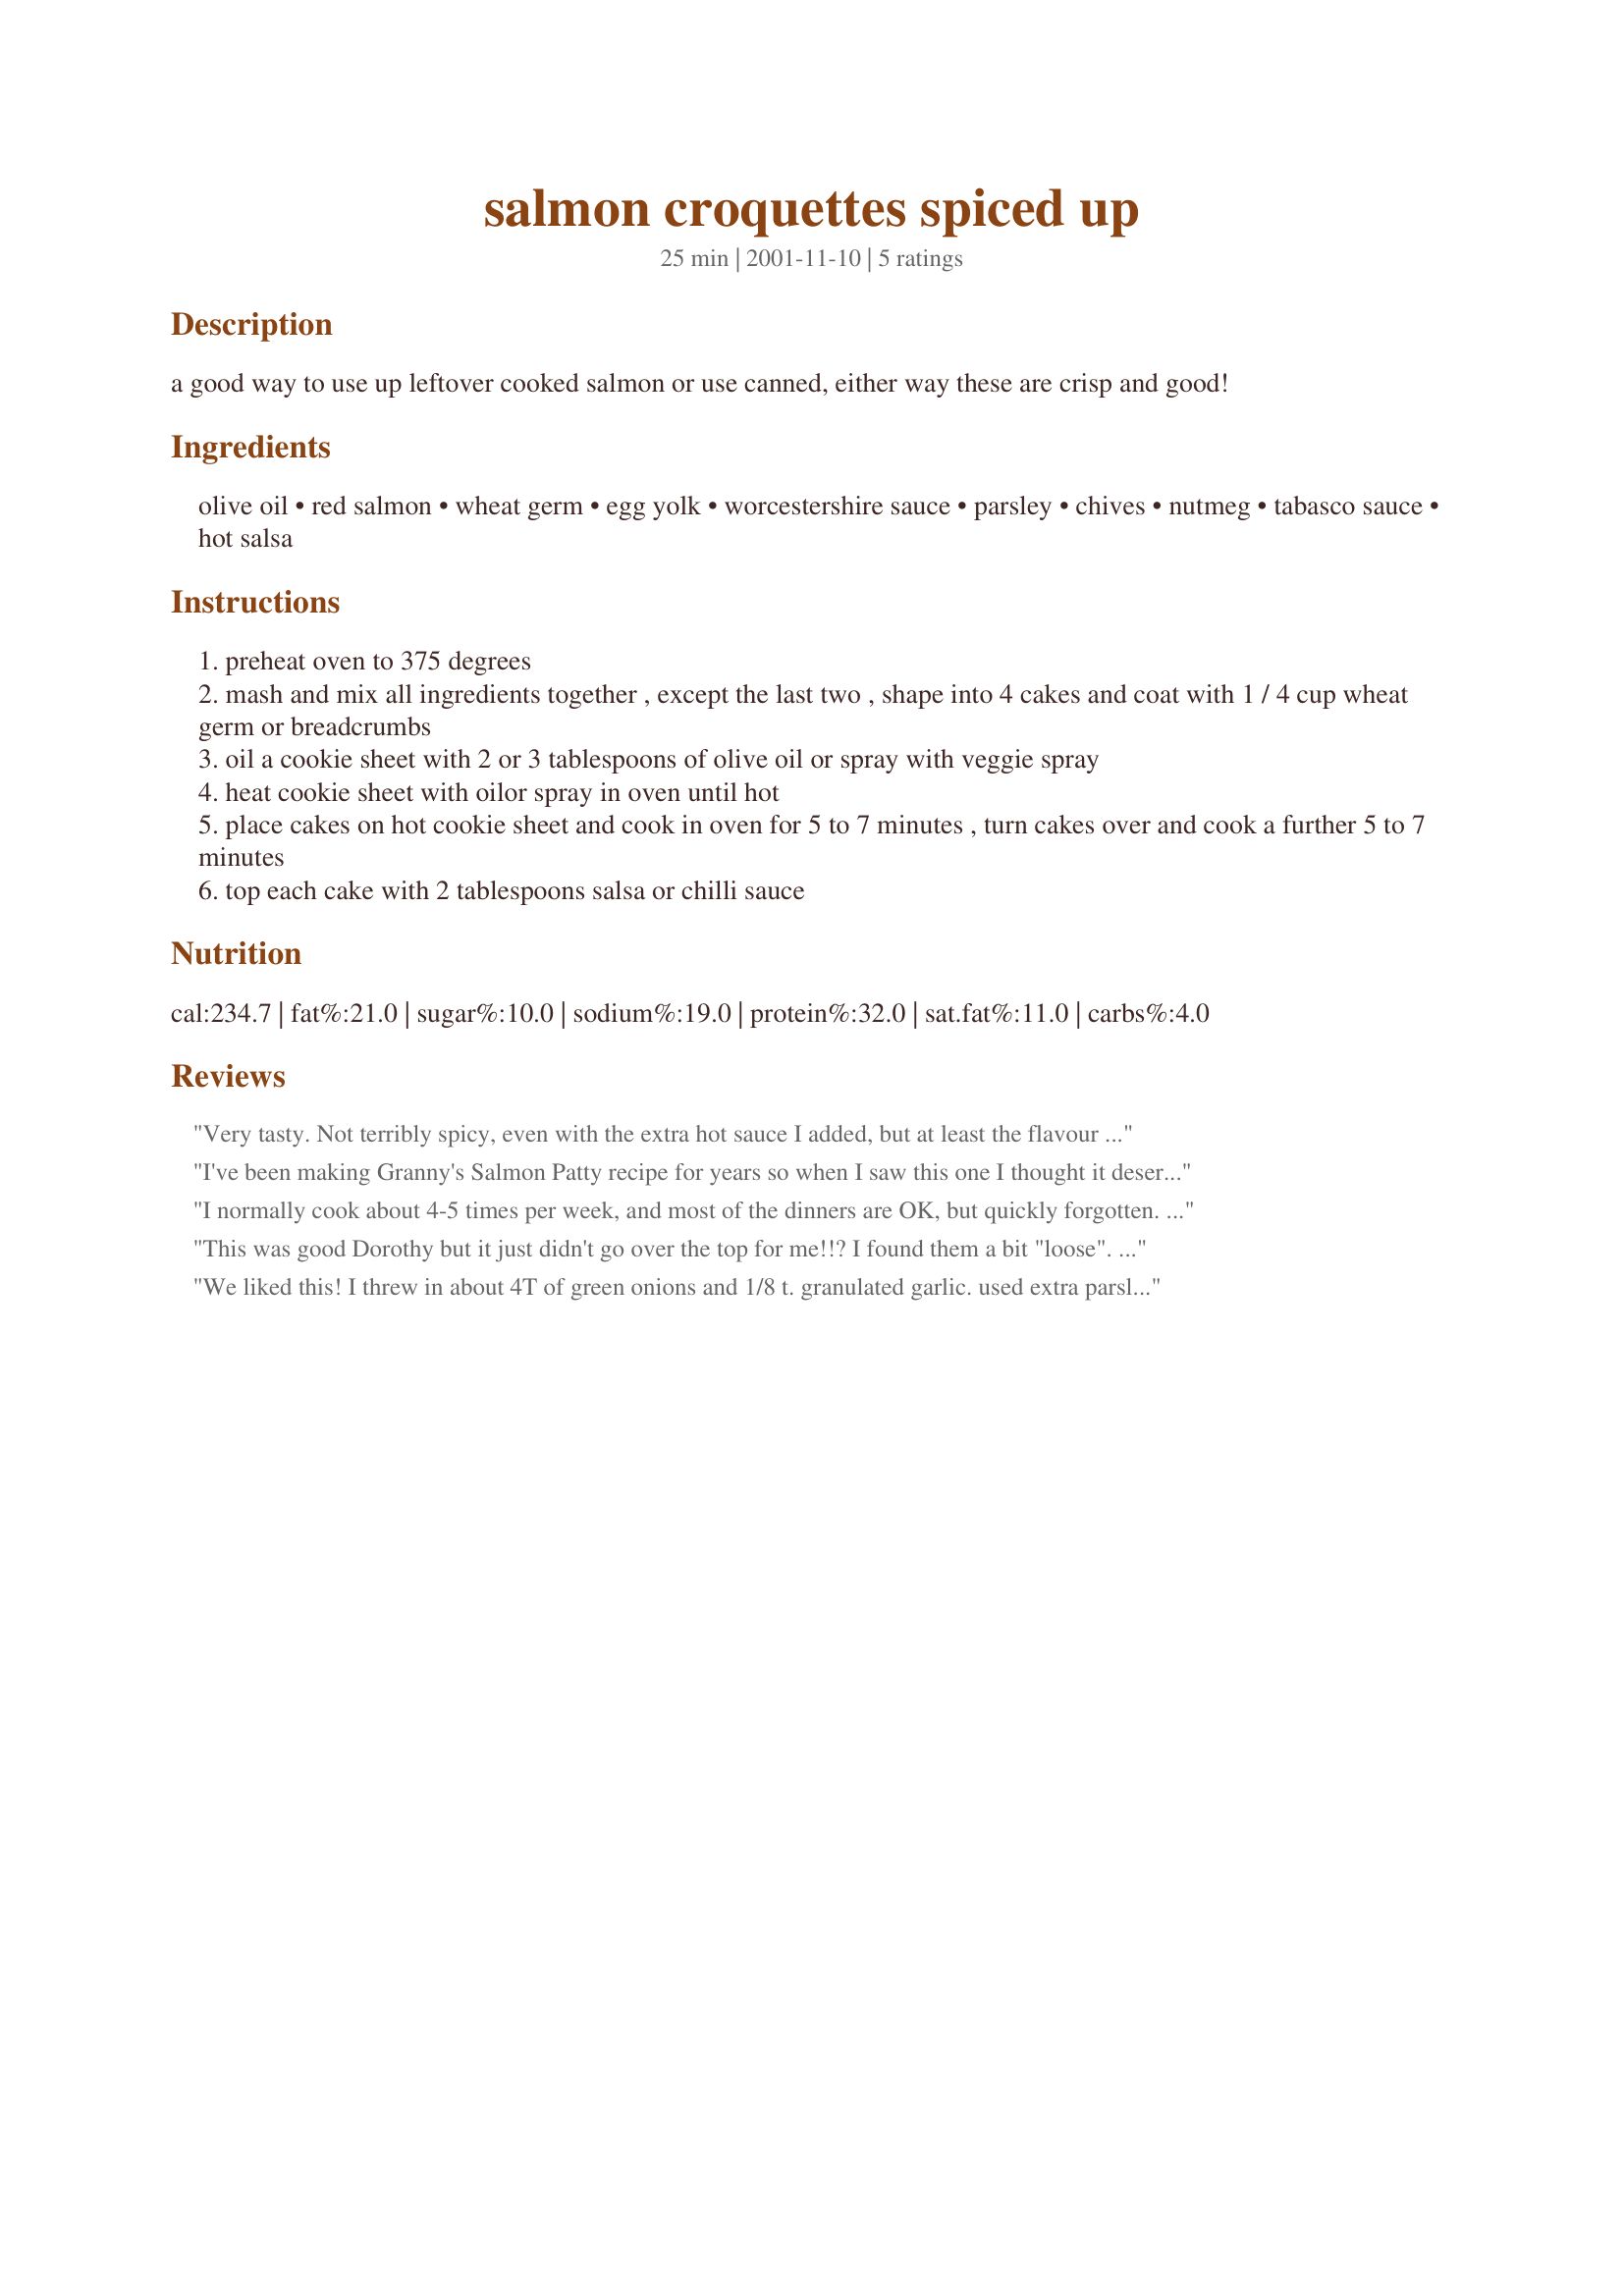
salmon croquettes spiced up
Preparation time: 25 minutes

a good way to use up leftover cooked salmon or use canned, either way these are crisp and good!

Ingredients:
olive oil, red salmon, wheat germ, egg yolk, worcestershire sauce, parsley, chives, nutmeg, tabasco sauce, hot salsa

Steps:
preheat oven to 375 degrees
mash and mix all ingredients together , except the last two , shape into 4 cakes and coat with 1 / 4 cup wheat germ or breadcrumbs
oil a cookie sheet with 2 or 3 tablespoons of olive oil or spray with veggie spray
heat cookie sheet with oilor spray in oven until hot
place cakes on hot cookie sheet and cook in oven for 5 to 7 minutes , turn cakes over and cook a further 5 to 7 minutes
top each cake with 2 tablespoons salsa or chilli sauce

Reviews:
Very tasty. Not terribly spicy, even with the extra hot sauce I added, but at least the flavour of the salmon wasn't masked. I followed the recipe nearly perfectly, using breadcrumbs instead of wheat germ, but I didn't do the final coating before frying, which I did on the stovetop instead of the oven. They got crispy and brown on their own.
I've been making Granny's Salmon Patty recipe for years so when I saw this one I thought it deserved a chance and we loved it. 
I did cut back the Worcstershire to 1 tablespoon and used bread crumbs rather then wheat germ. My family loved the flavour mix of the salsa and salmon. I will use this recipe again.
I normally cook about 4-5 times per week, and most of the dinners are OK, but quickly forgotten. My family has talked about this one for weeks.
This was good Dorothy but it just didn't go over the top for me!!? I found them a bit "loose". I think next time I'll used breadcrumbs and less Worcestershire. Course I upped the Tabasco too. But it sure is easy to make (which I always like) and I will give them a go again.
We liked this! I threw in about 4T of green onions and 1/8 t. granulated garlic. used extra parsley, too. i thought it was a little too heavy on the worcestershire, tho, so will cut back on that next time. Used some prepared remoulade sauce on it that really gave it a punch. a keeper for certain! UPDATE: Did this one again, tweaking and experimenting as i went. We like it better every time we have it! This time i added 3 T minced red onion, subsituted oat bran for the 2T wheat germ, used a 50/50 mix of Italian bread crumbs and Wondra flour to coat it.Then i sauted it 5 min on ea side in a mix of butter and olive oil-not very much. Used bottled remoulade sauce instead of salsa--this is most definitely staying on the menu rotations! Thanks, Dorothy!
